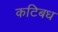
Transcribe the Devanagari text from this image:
कटिबध